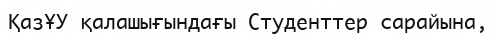
ҚазҰУ қалашығындағы Студенттер сарайына,